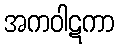
အကဝါဋကာ